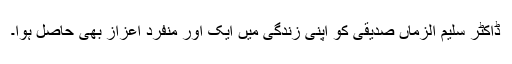
ڈاکٹر سلیم الزماں صدیقی کو اپنی زندگی میں ایک اور منفرد اعزاز بھی حاصل ہوا۔